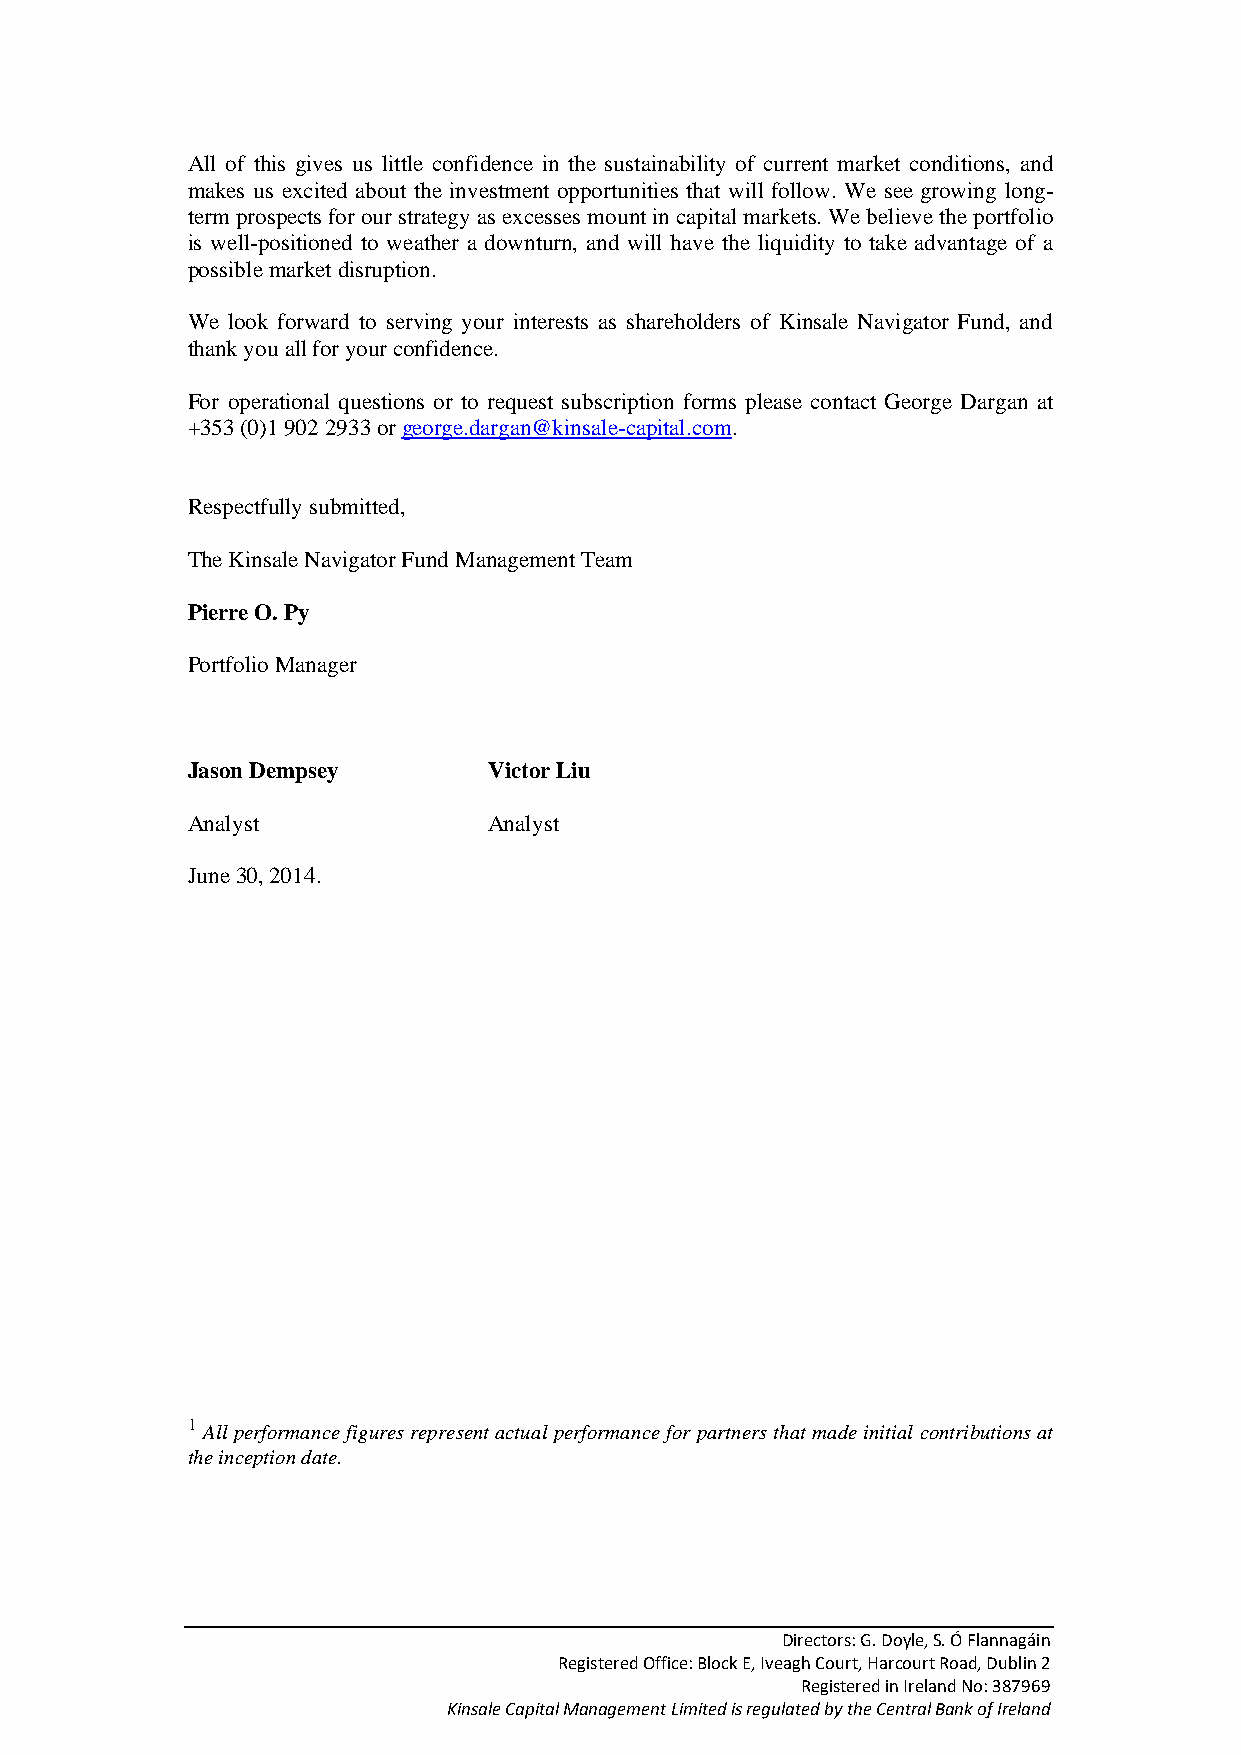
All of this gives us little confidence in the sustainability of current market conditions, and
 makes us excited about the investment opportunities that will follow. We see growing long-
 term prospects for our strategy as excesses mount in capital markets. We believe the portfolio
 is well-positioned to weather a downturn, and will have the liquidity to take advantage of a
 possible market disruption.
 We look forward to serving your interests as shareholders of Kinsale Navigator Fund, and
 thank you all for your confidence.
 For operational questions or to request subscription forms please contact George Dargan at
 +353 (0)1 902 2933 or george.dargan@kinsale-capital.com.
 Respectfully submitted,
 The Kinsale Navigator Fund Management Team
 Pierre O. Py
 Portfolio Manager
 Jason Dempsey       Victor Liu
 Analyst             Analyst
 June 30, 2014.
 1
 All performance figures represent actual performance for partners that made initial contributions at
 the inception date.
 Directors: G. Doyle, S. Ó Flannagáin
 Registered Office: Block E, Iveagh Court, Harcourt Road, Dublin 2
 Registered in Ireland No: 387969
 Kinsale Capital Management Limited is regulated by the Central Bank of Ireland